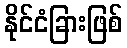
နိုင်ငံခြားဖြစ်